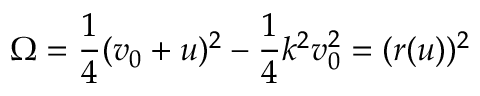
\Omega = \frac { 1 } { 4 } ( v _ { 0 } + u ) ^ { 2 } - \frac { 1 } { 4 } k ^ { 2 } v _ { 0 } ^ { 2 } = ( r ( u ) ) ^ { 2 }